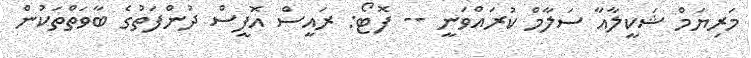
މަރިޔަމް ޝަކީލާއާ ސަލާމް ކުރައްވަނީ -- ފޮޓޯ: ރައީސް އޮފީސް ދުންފަތުގެ ބާވަތްތަކުން